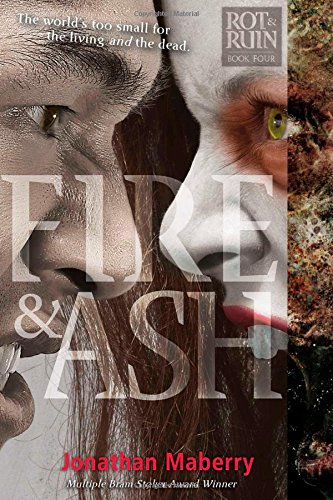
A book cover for Fire & Ash (Rot & Ruin); Jonathan Maberry; Teen & Young Adult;